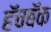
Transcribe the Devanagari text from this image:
हॅचबॅक